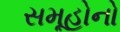
સમૂહોનો